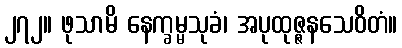
၂၇၂။ ဖုသာမိ နေက္ခမ္မသုခံ၊ အပုထုဇ္ဇနသေဝိတံ။